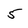
Character: 5